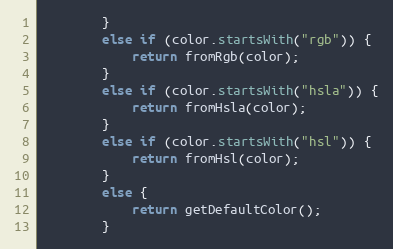
Language: Java
        }
        else if (color.startsWith("rgb")) {
            return fromRgb(color);
        }
        else if (color.startsWith("hsla")) {
            return fromHsla(color);
        }
        else if (color.startsWith("hsl")) {
            return fromHsl(color);
        }
        else {
            return getDefaultColor();
        }